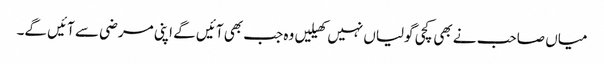
میاں صاحب نے بھی کچی گولیاں نہیں کھیلیں وہ جب بھی آئیں گے اپنی مرضی سے آئیں گے۔